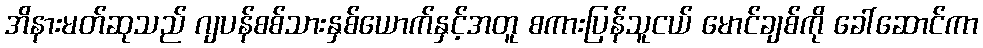
အိနားမတ်ဆုသည် ဂျပန်စစ်သားနှစ်ယောက်နှင့်အတူ စကားပြန်သူငယ် မောင်ချစ်ကို ခေါ်ဆောင်ကာ